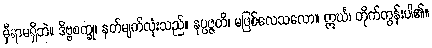
မှီရာမရှိဘဲ။ ဒိဗ္ဗစက္ခု၊ နတ်မျက်လုံးသည်။ နုပ္ပဇ္ဇတိ၊ မဖြစ်လေသလော။ ဣင်္ဃ၊ တိုက်တွန်းပါ၏။